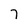
Character: 7